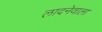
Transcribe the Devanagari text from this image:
लादनेवाला